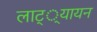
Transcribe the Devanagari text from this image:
लाट््यायन